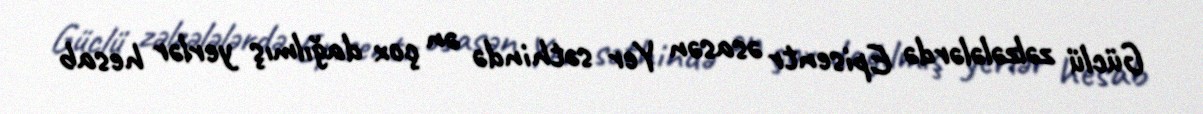
Güclü zəlzələlərdə Episentr əsasən Yer səthində ən çox dağılmış yerlər hesab